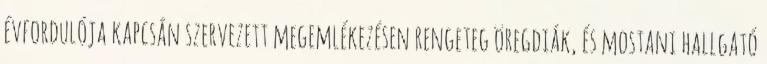
évfordulója kapcsán szervezett megemlékezésen rengeteg öregdiák, és mostani hallgató